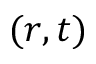
( r , t )